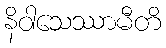
နိဝါသေဿာမီတိ